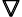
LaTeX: \pmb\triangledown